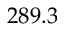
2 8 9 . 3